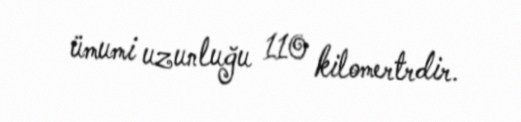
ümumi uzunluğu 110 kilomertrdir.